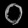
Digit: ၀